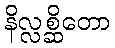
နိလ္လစ္ဆိတော